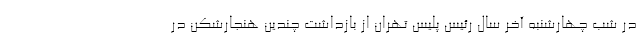
در شب چهارشنبه آخر سال رئیس پلیس تهران از بازداشت چندین هنجارشکن در